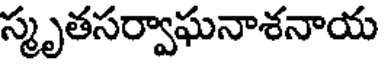
స్మృతసర్వాఘనాశనాయ